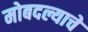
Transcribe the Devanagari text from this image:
मोबदल्याचे